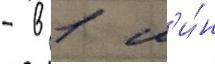
- в 1 м'и́н